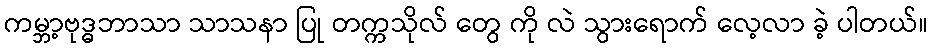
ကမ္ဘာ့ဗုဒ္ဓဘာသာ သာသနာ ပြု တက္ကသိုလ် တွေ ကို လဲ သွားရောက် လေ့လာ ခဲ့ ပါတယ်။